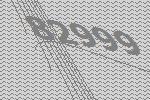
82999